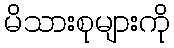
မိသားစုများကို